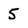
Character: 5